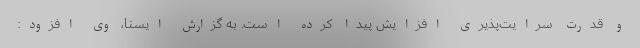
و قدرت سرایت‌پذیری افزایش پیدا کرده است. به گزارش ایسنا، وی افزود: